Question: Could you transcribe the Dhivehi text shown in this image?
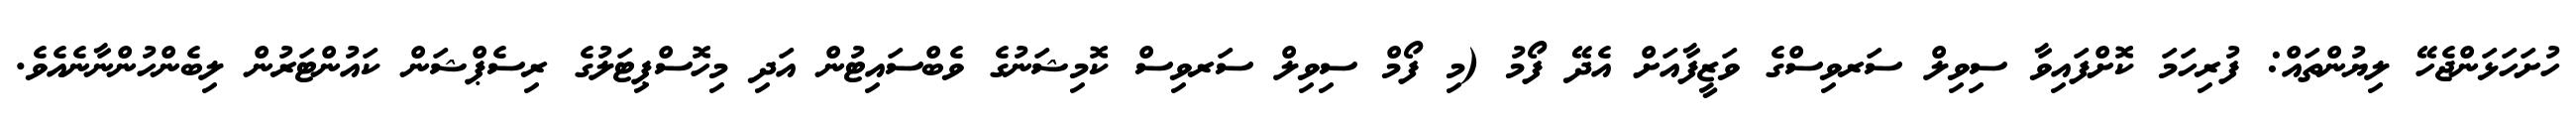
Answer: ހުށަހަޅަންޖެހޭ ލިޔުންތައް: ފުރިހަމަ ކޮށްފައިވާ ސިވިލް ސަރވިސްގެ ވަޒީފާއަށް އެދޭ ފޯމު (މި ފޯމް ސިވިލް ސަރވިސް ކޮމިޝަނުގެ ވެބްސައިޓުން އަދި މިހޮސްޕިޓަލުގެ ރިސެޕްޝަން ކައުންޓަރުން ލިބެންހުންނާނެއެވެ.